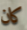
كان